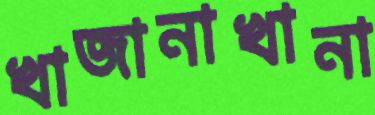
খাজানাখানা